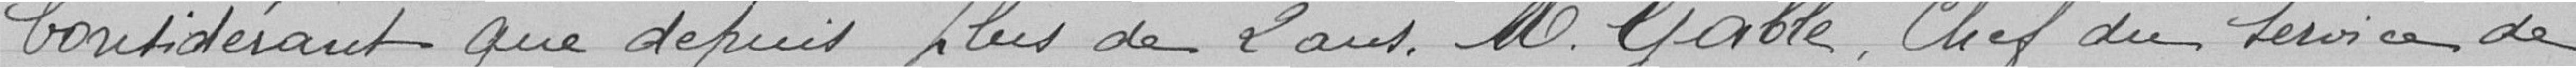
Considérant que depuis plus de 2 ans, M. Gable, Chef du service de